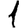
Digit: 1